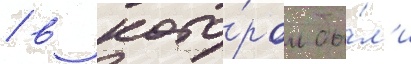
/ в кото́ром бы́л'и